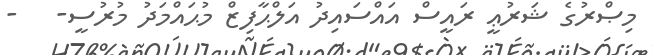
މިޞްރުގެ ޝަރުޢީ ރައީސް އައްސައިދު އަލްޙާފިޒް މުޙައްމަދު މުރުސީ-   -